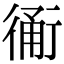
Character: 𧗴